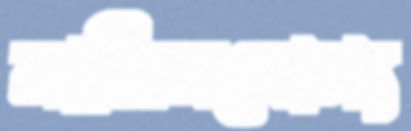
সালিসযোগ্য